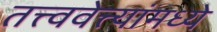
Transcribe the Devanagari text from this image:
तत्त्ववेत्त्यांमध्ये